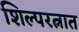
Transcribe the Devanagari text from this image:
शिल्परत्नात